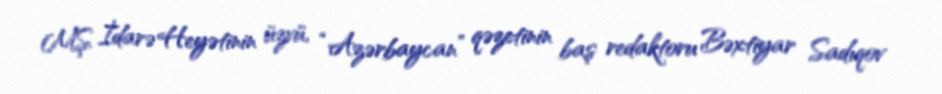
MŞ İdarə Heyətinin üzvü, “Azərbaycan” qəzetinin baş redaktoru Bəxtiyar Sadıqov